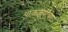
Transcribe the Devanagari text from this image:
पाकळ्याचा